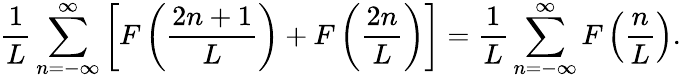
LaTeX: \frac{1}{L}\sum_{n=-\infty}^{\infty}\left[F\left(\frac{2n+1}{L}\right)+F\left(\frac{2n}{L}\right)\right]=\frac{1}{L}\sum_{n=-\infty}^{\infty}F\left(\frac{n}{L}\right).